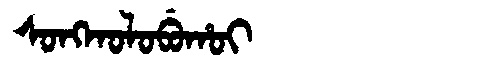
Manchu: ᠰᠣᠩᡴᠣᠯᠣᠪᡠᡥᠣᡳ
Romanization: SONGKOLOBUHOI